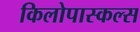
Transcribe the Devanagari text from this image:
किलोपास्कल्स